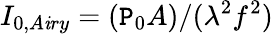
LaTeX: I_{0,A\mathit{i}ry}=(\mathtt{P}_{0}A)/(\lambda^{2}f^{2})